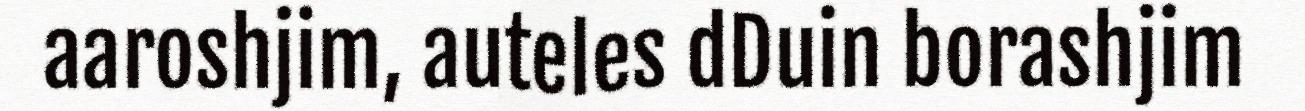
aaroshjim, auteles dDuin borashjim